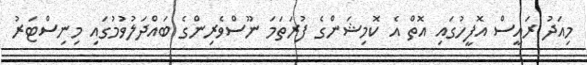
މިއަދު ރައީސް އޮފީހުގައި އޮތް އެ ކޮމިޝަންގެ ފުރަތަމަ ނޫސްވެރިންގެ ބައްދަލުވުމުގައި މިނިސްޓަރު